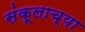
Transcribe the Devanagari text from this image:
संकूलाच्या